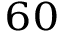
_ { 6 0 }